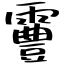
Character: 霻